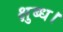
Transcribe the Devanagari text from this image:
क्षुब्ध।